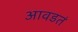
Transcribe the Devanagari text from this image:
आवडतं